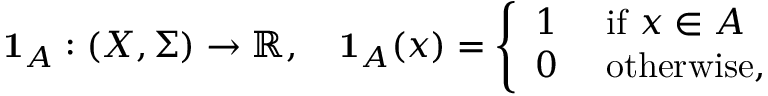
\mathbf { 1 } _ { A } : ( X , \Sigma ) \to \mathbb { R } , \quad \mathbf { 1 } _ { A } ( x ) = { \left\{ \begin{array} { l l } { 1 } & { { \mathrm { ~ i f ~ } } x \in A } \\ { 0 } & { { \mathrm { ~ o t h e r w i s e } } , } \end{array} \right. }